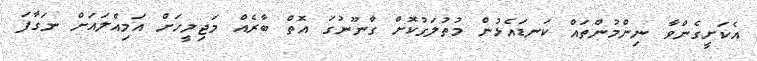
އެކަށީގެންވާ ނިންމުންތައް ކަނޑައެޅުން މުތުލަގުކޮށް ގާނޫނުގަ އޮތް ބާރެއް މަޖިލީހަށް އަމިއްލައަށް ނަގާފަ